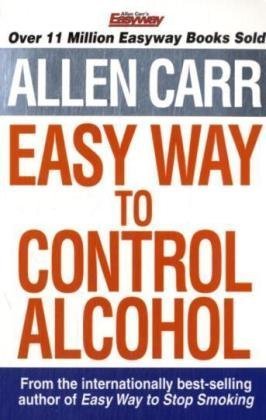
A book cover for Allen Carr's Easyway to Control Alcohol; Allen Carr; Health, Fitness & Dieting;